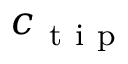
c _ { \mathrm { ~ t ~ i ~ p ~ } }